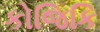
કોજિકિ